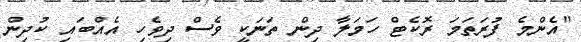
"އެންމެ ފުރަތަމަ ރޮކެޓް ހަމަލާ ދިން ތަނަކީ ވެސް ދިވެހި އެއްބައި ކުދިން